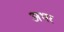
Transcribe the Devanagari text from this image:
अभर